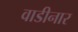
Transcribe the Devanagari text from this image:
वाडीनार